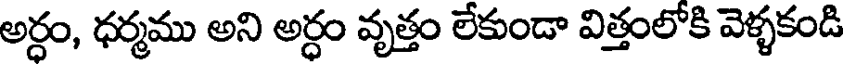
అర్ధం, ధర్మము అని అర్ధం వృత్తం లేకుండా విత్తంలోకి వెళ్ళకండి